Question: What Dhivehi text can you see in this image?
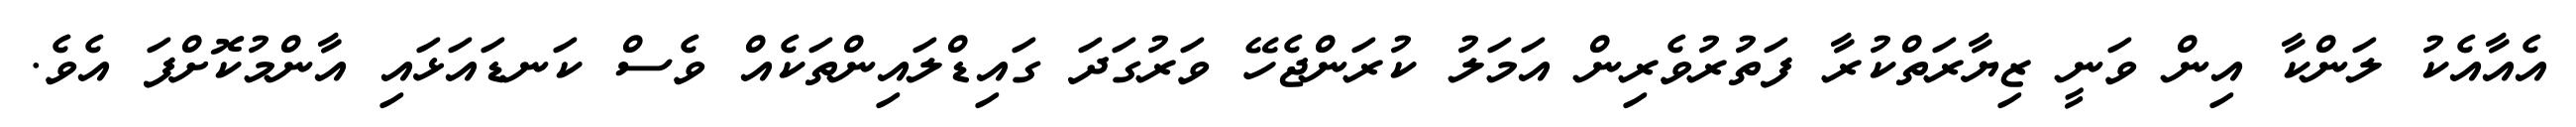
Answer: އެއާއެކު ލަންކާ އިން ވަނީ ޒިޔާރަތްކުރާ ފަތުރުވެރިން އަމަލު ކުރަންޖެހޭ ވަރުގަދަ ގައިޑްލައިންތަކެއް ވެސް ކަނޑައަޅައި އާންމުކޮށްފަ އެވެ.